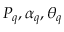
P _ { q } , \alpha _ { q } , \theta _ { q }